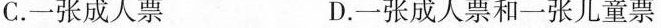
C.一张成人票 D.一张成人票和一张儿童票